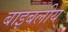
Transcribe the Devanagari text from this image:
बाइबलीय